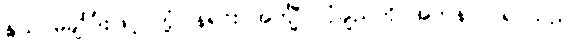
နွယ် မချိပြုံးဖြင့် တုံ့ပြန်ရင်း အင်္ကျီ၊ လုံချည်ကို အတန်သပ်ရပ်သည်။